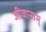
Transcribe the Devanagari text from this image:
जीवानाम्‌